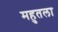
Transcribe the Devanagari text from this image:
महुतला